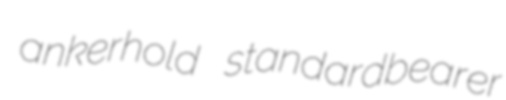
ankerhold standardbearer